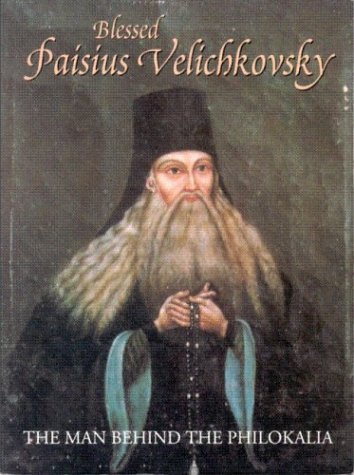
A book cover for Blessed Paisius Velichkovsky: The Man Behind the Philokalia; Schemamonk Metrophanes; Christian Books & Bibles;